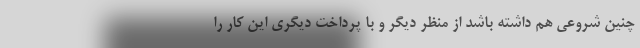
چنین شروعی هم داشته باشد از منظر دیگر و با پرداخت دیگری این کار را